Scottish Certificate of Education, 1963
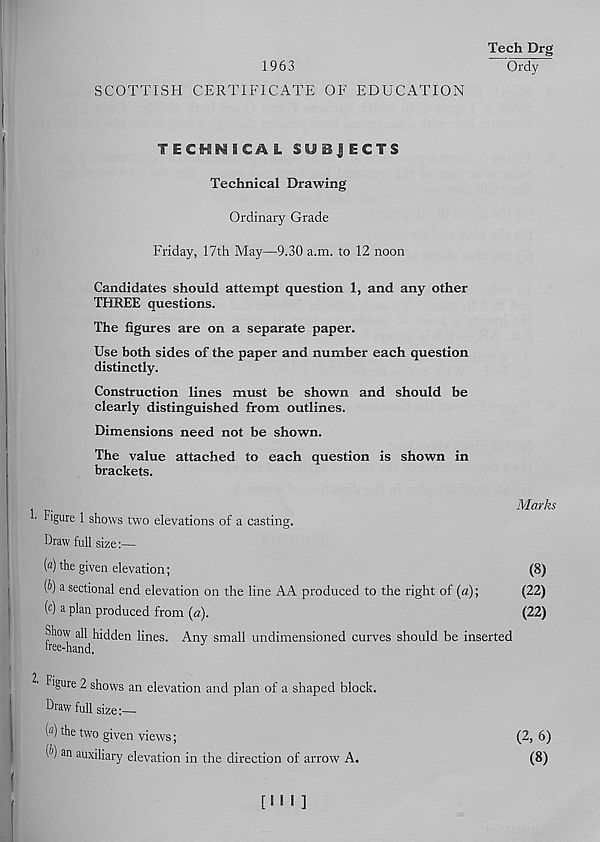
1963
SCOTTISH CERTIFICATE OF EDUCATION
Tech Drg
Ordy
TECHNICAL SUBJECTS
Technical Drawing
Ordinary Grade
Friday, 17th May—9.30 a.m. to 12 noon
Candidates should attempt question 1, and any other
THREE questions.
The figures are on a separate paper.
Use both sides of the paper and number each question
distinctly.
Construction lines must be shown and should be
clearly distinguished from outlines.
Dimensions need not be shown.
The value attached to each question is shown in
brackets.
1. Figure 1 shows two elevations of a casting.
Draw full size:—
(*) the given elevation;
(b) a sectional end elevation on the line AA produced to the right of (a);
( c ) a plan produced from (a).
Show all hidden lines. Any small undimensioned curves should be inserted
tree-hand.
Figure 2 shows an elevation and plan of a shaped block.
Draw full size:—
( a ) the two given views;
[b) an auxiliary elevation in the direction of arrow A.
Marks
(8)
(22)
(22)
(2, 6)
(8)
[111]